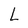
Character: L